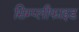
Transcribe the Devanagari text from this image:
सिम्प्लीफाइड